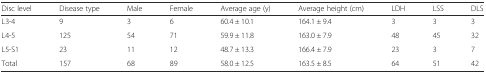
| Disc level | Disease type | Male | Female | Average age (y) | Average height (cm) | LDH | LSS | DLS |
 | --- | --- | --- | --- | --- | --- | --- | --- | --- |
 | L3-4 | 9 | 3 | 6 | 60.4 ± 10.1 | 164.1 ± 9.4 | 3 | 3 | 3 |
 | L4-5 | 125 | 54 | 71 | 59.9 ± 11.8 | 163.0 ± 7.9 | 48 | 45 | 32 |
 | L5-S1 | 23 | 11 | 12 | 48.7 ± 13.3 | 166.4 ± 7.9 | 23 | 3 | 7 |
 | Total | 157 | 68 | 89 | 58.0 ± 12.5 | 163.5 ± 8.5 | 64 | 51 | 42 |